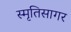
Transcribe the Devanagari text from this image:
स्मृतिसागर